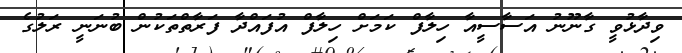
ވިދާޅުވީ ގާނޫނު އަސާސީއާ ހިލާފް ކަމަށް ހިލާފް އުފައްދާ ފަރާތްތަކުން ބުނަނީ ރަލުގެ